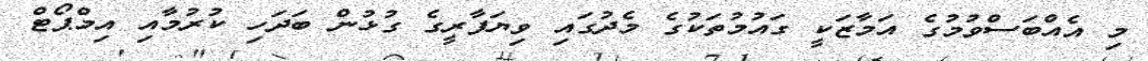
މި އެއްބަސްވުމުގެ އަމާޒަކީ ގައުމުތަކުގެ މެދުގައި ވިޔަފާރީގެ ގުޅުން ބަދަހި ކުރުމާއި އިމްޕޯޓް